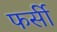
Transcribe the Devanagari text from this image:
फर्सी